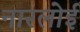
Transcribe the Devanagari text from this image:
नारलोई